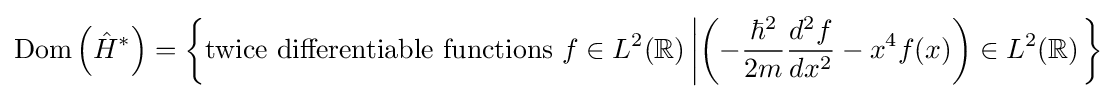
\operatorname {Dom} \left({\hat {H}}^{*}\right)=\left\{{\text{twice differentiable functions }}f\in L^{2}(\mathbb {R} )\left|\left(-{\frac {\hbar ^{2}}{2m}}{\frac {d^{2}f}{dx^{2}}}-x^{4}f(x)\right)\in L^{2}(\mathbb {R} )\right.\right\}